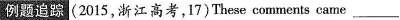
例题追踪(2015,浙江高考,17)These comments came ___